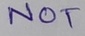
Text: NOT